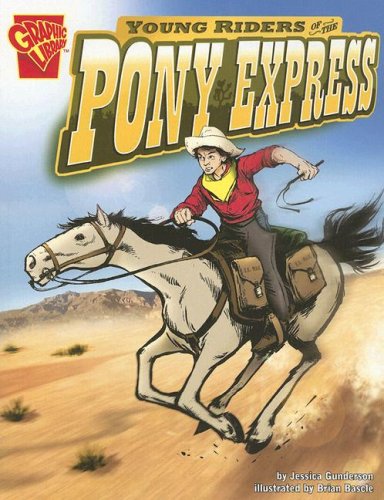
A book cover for Young Riders of the Pony Express (Graphic History); Jessica Gunderson; Children's Books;